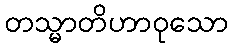
တသ္မာတိဟာဝုသော